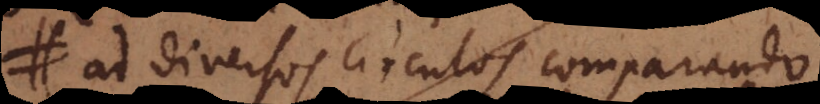
At diversos circulos comparando